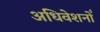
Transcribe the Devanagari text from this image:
अधिवेशनोँ